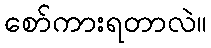
စော်ကားရတာလဲ။